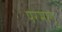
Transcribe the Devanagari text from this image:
परमागु